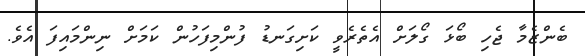
ބެންޒެމާ ޖެހި ބޯޅަ ގޯލަށް އެތެރެވީ ކަށިގަނޑު ފުންމިފަހުން ކަމަށް ނިންމައިފަ އެވެ.